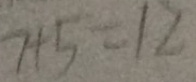
7 + 5 = 1 2